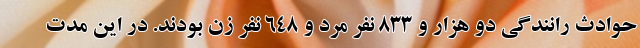
حوادث رانندگی دو هزار و ۸۳۳ نفر مرد و ۶۴۸ نفر زن بودند. در این مدت